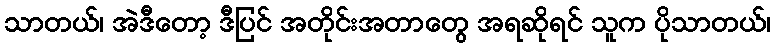
သာတယ်၊ အဲဒီတော့ ဒီပြင် အတိုင်းအတာတွေ အရဆိုရင် သူက ပိုသာတယ်၊